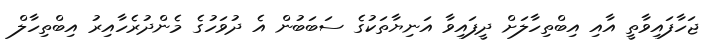
ޖަހާފައިވާތީ އާއި އިބްތިހާލަށް ދީފައިވާ އަނިޔާތަކުގެ ސަބަބުން އެ ދުވަހުގެ މެންދުރެހާއިރު އިބްތިހާލް